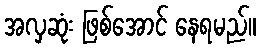
အလှဆုံး ဖြစ်အောင် နေရမည်။